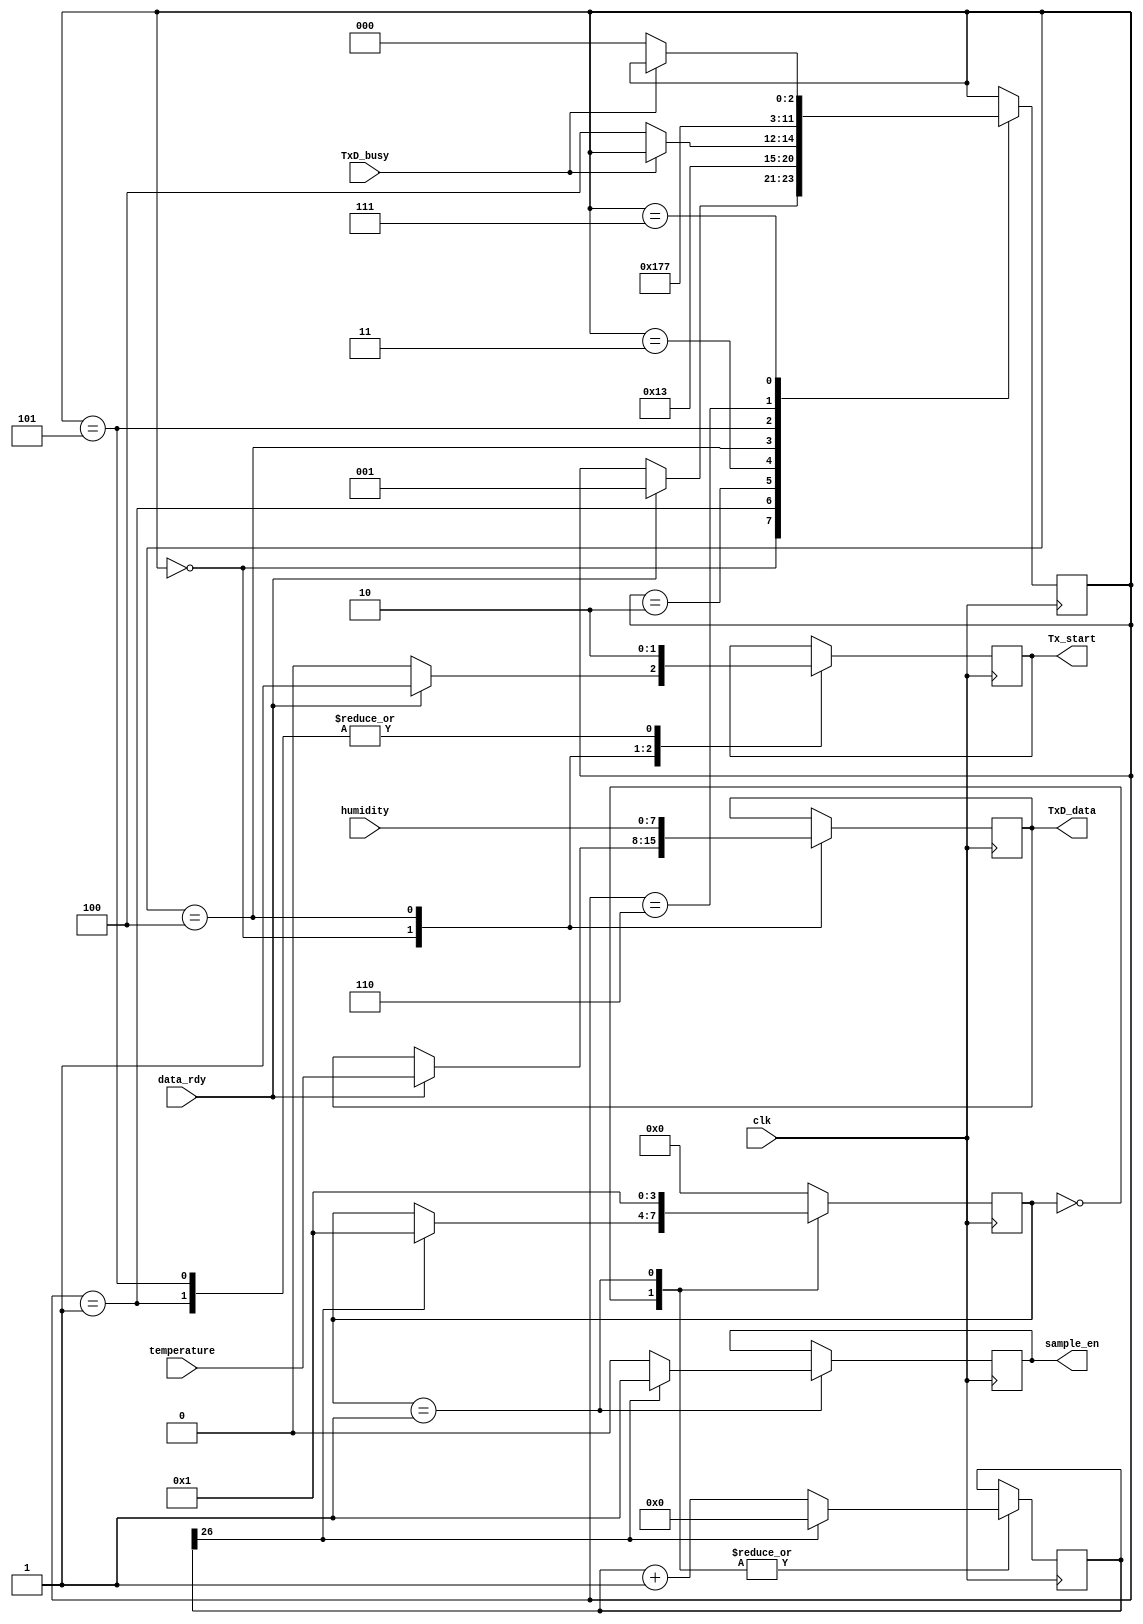
module   DHT11_cmd(
                    input clk,
                    output reg sample_en,
                    input data_rdy,
                    input [7:0] temperature,
                    input [7:0] humidity,
						  
						  input TxD_busy,
						  output reg Tx_start,
						  output reg [7:0] TxD_data
                   ); 

reg [3:0] state = 0;
reg [26:0] power_up_cnt = 0; 

always @(posedge clk)               
begin                               
   case(state)                      
     0  :      begin
                  power_up_cnt <= power_up_cnt + 1;
                  if(power_up_cnt[26])      //1s	  
						  begin
						     power_up_cnt <= 0;
							  state <= 1;
						  end
					end
	  1  :	   begin
                  sample_en <= 0;
						power_up_cnt <= power_up_cnt + 1;
                  if(power_up_cnt[26])      //1s  
						  begin
						     power_up_cnt <= 0;
							  sample_en <= 1;
						  end
						state <= 1;  
					end
	  default:  state <= 0;	
   endcase       
end 	  


reg [2:0] send_state = 0;			
always @(posedge clk)               
begin                               	
   case(send_state)                      
     0  :      begin
	               Tx_start <= 0;
						if(data_rdy)
						  begin
						     Tx_start <= 1;
							  TxD_data  <= temperature;
							  send_state <= 1;
						  end
				   end
	  1  :      begin
	               Tx_start <= 0;				
                  send_state <= 2;
					end
	  2  :		begin			
                  send_state <= 3;
					end
	  3  :		begin
	               if(~TxD_busy)			
                     send_state <= 4;
					end			
	  4  :      begin
	               Tx_start <= 1;
						TxD_data  <= humidity;
						send_state <= 5;
					end
	  5  :      begin
	               Tx_start <= 0;				
                  send_state <= 6;
					end
	  6  :		begin			
                  send_state <= 7;
					end
	  7  :		begin
	               if(~TxD_busy)			
                     send_state <= 0;
					end
	  default:  send_state <= 0;	
   endcase       
end 

endmodule